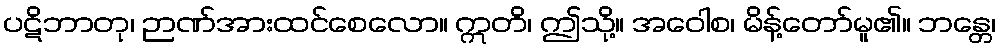
ပဋိဘာတု၊ ဉာဏ်အားထင်စေလော။ ဣတိ၊ ဤသို့။ အဝေါစ၊ မိန့်တော်မူ၏။ ဘန္တေ၊